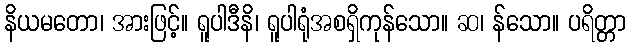
နိယမတော၊ အားဖြင့်။ ရူပါဒီနိ၊ ရူပါရုံအစရှိကုန်သော။ ဆ၊ န်သော။ ပရိတ္တာ